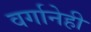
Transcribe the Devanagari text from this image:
वर्गानेही